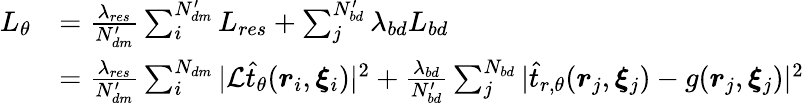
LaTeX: \begin{array}{rl}{L_{\theta}}&{=\frac{\lambda_{res}}{N_{dm}^{\prime}}\sum_{i}^{N_{dm}^{\prime}}L_{res}+\sum_{j}^{N_{bd}^{\prime}}\lambda_{bd}L_{bd}}\\ &{=\frac{\lambda_{res}}{N_{dm}^{\prime}}\sum_{i}^{N_{dm}}|\mathcal{L}\hat{t}_{\theta}(\boldsymbol{r}_{i},\boldsymbol{\xi}_{i})|^{2}+\frac{\lambda_{bd}}{N_{bd}^{\prime}}\sum_{j}^{N_{bd}}|\hat{t}_{r,\theta}(\boldsymbol{r}_{j},\boldsymbol{\xi}_{j})-g(\boldsymbol{r}_{j},\boldsymbol{\xi}_{j})|^{2}}\end{array}